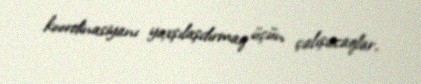
koordinasiyanı yaxşılaşdırmaq üçün çalışacaqlar.